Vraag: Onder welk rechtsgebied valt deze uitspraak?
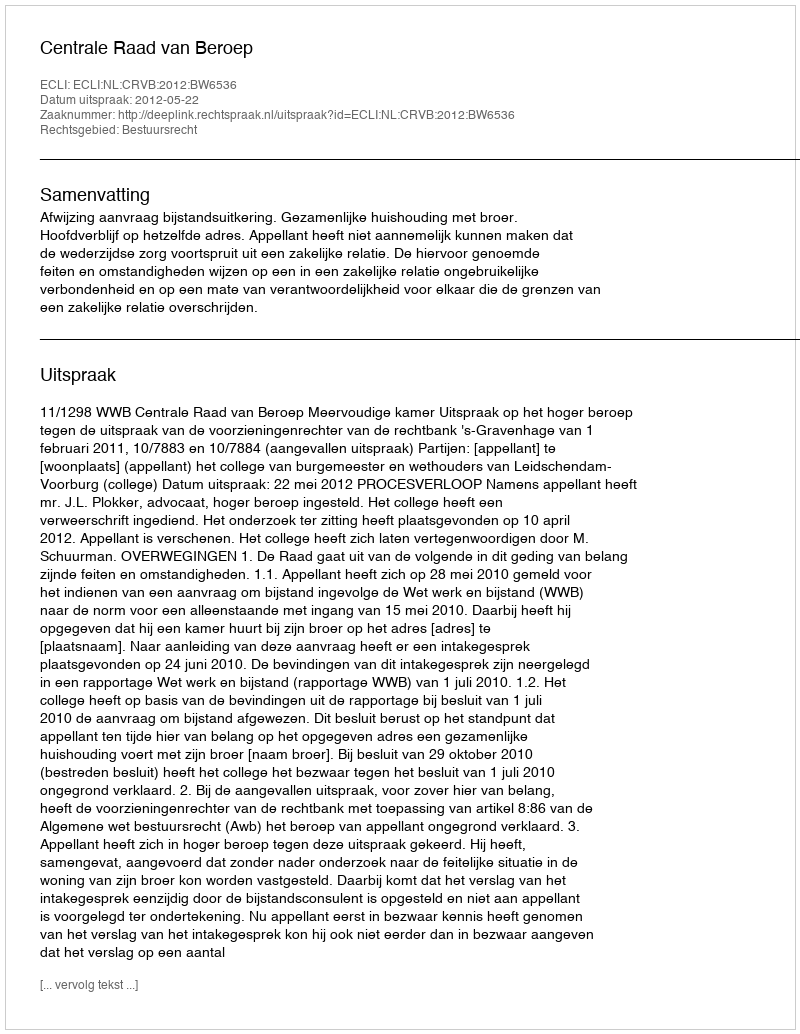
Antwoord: Bestuursrecht